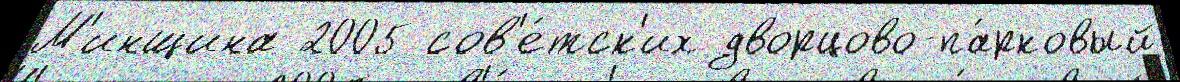
М'инщина 2005 сов'е́тск'их дворцово-па́рковый